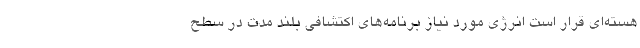
هسته‌ای قرار است انرژی مورد نیاز برنامه‌های اکتشافی بلند مدت در سطح